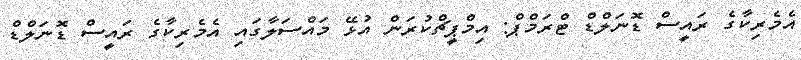
އެމެރިކާގެ ރައީސް ޑޮނަލްޑް ޓްރަމްޕް: އިމްޕީޗްކުރަން އުޅޭ މައްސަލާގައި އެމެރިކާގެ ރައީސް ޑޮނަލްޑް